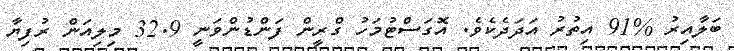
ބަލާއިރު %91 އިތުރު އަދަދެކެވެ. އޮގަސްޓުމަހު ގްރީން ފަންޑުންވަނީ 32.9 މިލިއަން ރުފިޔާ